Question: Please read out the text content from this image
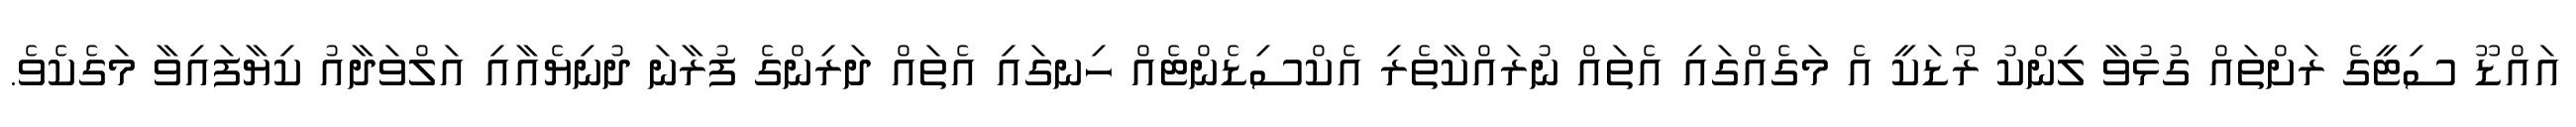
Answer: އައްޑޫ ސިޓީގެ ރަށްތައް ގުޅުވާ ލިންކު ރޯޑަކީ އެ މަގެއްގައި އެތައް ނުރައްކާތެރި އެކްސިޑެންޓެއް ހިނގައި އެތައް ދަރިންގެ ފުރާނަ ދުނިޔެއާއި އަލްވަދާއު ކިޔާފައިވާ މަގެކެވެ.